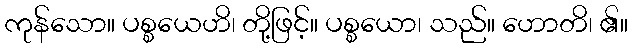
ကုန်သော။ ပစ္စယေဟိ၊ တို့ဖြင့်။ ပစ္စယော၊ သည်။ ဟောတိ၊ ၏။